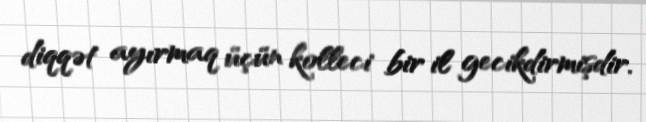
diqqət ayırmaq üçün kolleci bir il gecikdirmişdir.